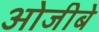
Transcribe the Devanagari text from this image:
ओजीबे